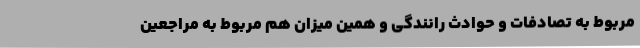
مربوط به تصادفات و حوادث رانندگی و همین میزان هم مربوط به مراجعین